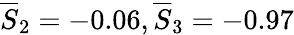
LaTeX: \overline{{S}}_{2}=-0.06,\overline{{S}}_{3}=-0.97